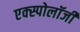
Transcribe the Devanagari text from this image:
एक्स्पोलॉजी